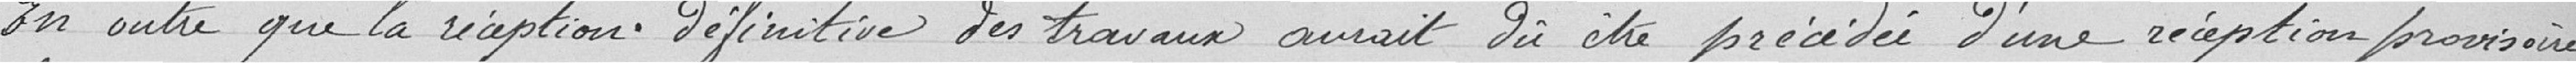
En outre que la réception définitive des travaux aurait dû être précédé d'une réception provisoire